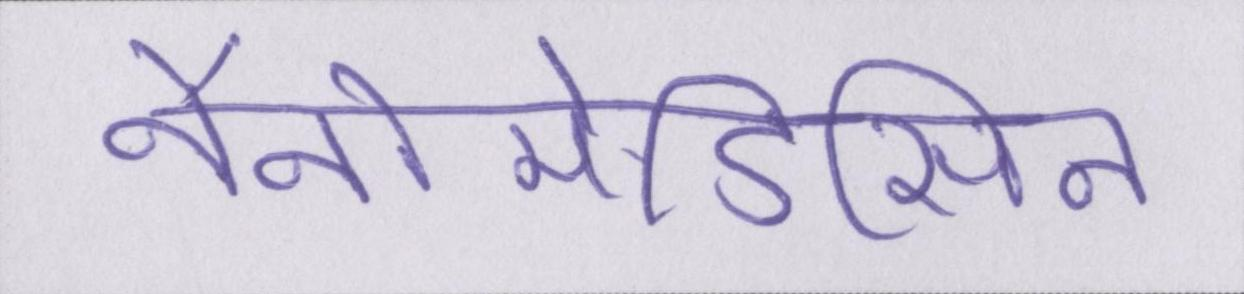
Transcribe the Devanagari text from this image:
नैनोमेडिसिन